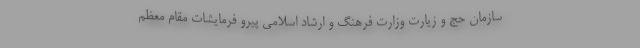
سازمان حج و زیارت وزارت فرهنگ و ارشاد اسلامی پیرو فرمایشات مقام معظم